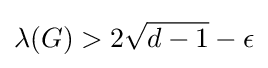
\lambda (G)>2{\sqrt {d-1}}-\epsilon